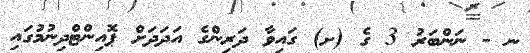
ނ - ނަންބަރު 3 ގެ (ށ) ގައިވާ ދަރިންގެ އަދަދަށް ޕޮއިންޓްދިނުމުގައި